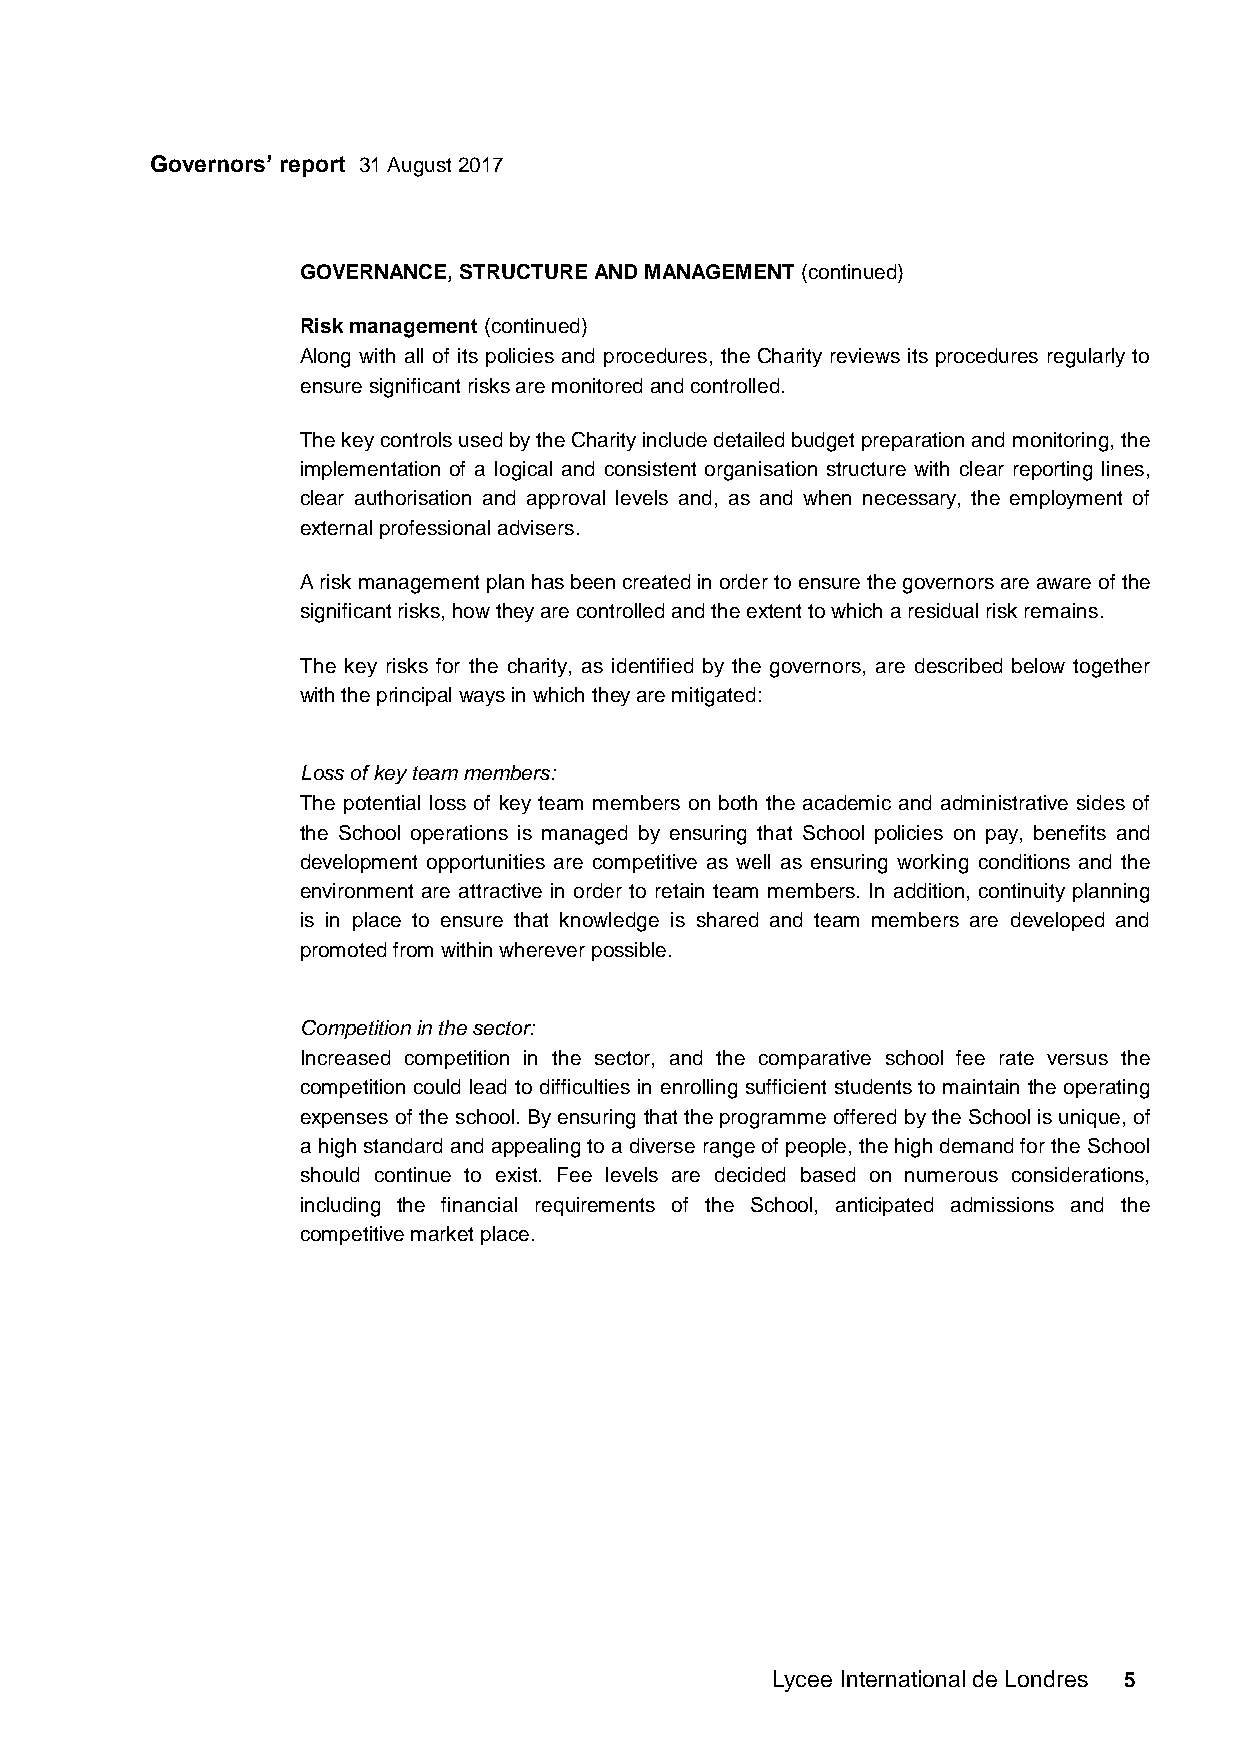
Governors’ report 31 August 2017
 GOVERNANCE, STRUCTURE AND MANAGEMENT (continued)
 Risk management (continued)
 Along with all of its policies and procedures, the Charity reviews its procedures regularly to
 ensure significant risks are monitored and controlled.
 The key controls used by the Charity include detailed budget preparation and monitoring, the
 implementation of a logical and consistent organisation structure with clear reporting lines,
 clear authorisation and approval levels and, as and when necessary, the employment of
 external professional advisers.
 A risk management plan has been created in order to ensure the governors are aware of the
 significant risks, how they are controlled and the extent to which a residual risk remains.
 The key risks for the charity, as identified by the governors, are described below together
 with the principal ways in which they are mitigated:
 Loss of key team members:
 The potential loss of key team members on both the academic and administrative sides of
 the School operations is managed by ensuring that School policies on pay, benefits and
 development opportunities are competitive as well as ensuring working conditions and the
 environment are attractive in order to retain team members. In addition, continuity planning
 is in place to ensure that knowledge is shared and team members are developed and
 promoted from within wherever possible.
 Competition in the sector:
 Increased competition in the sector, and the comparative school fee rate versus the
 competition could lead to difficulties in enrolling sufficient students to maintain the operating
 expenses of the school. By ensuring that the programme offered by the School is unique, of
 a high standard and appealing to a diverse range of people, the high demand for the School
 should continue to exist. Fee levels are decided based on numerous considerations,
 including the financial requirements of the School, anticipated admissions and the
 competitive market place.
 Lycee International de Londres 5